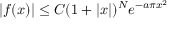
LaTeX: | f ( x ) | \leq C ( 1 + | x | ) ^ { N } e ^ { - a \pi x ^ { 2 } }